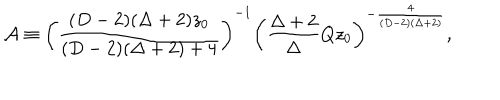
{ \cal A } \equiv \left( { \frac { ( D - 2 ) ( \Delta + 2 ) z _ { 0 } } { ( D - 2 ) ( \Delta + 2 ) + 4 } } \right) ^ { - 1 } \left( { \frac { \Delta + 2 } { \Delta } } Q z _ { 0 } \right) ^ { - { \frac { 4 } { ( D - 2 ) ( \Delta + 2 ) } } } ,